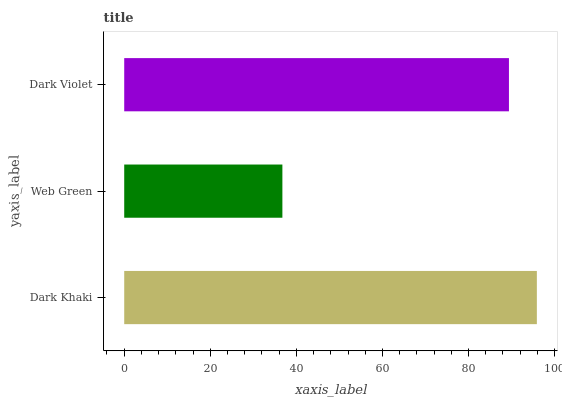
| yaxis_label | bars |
 | --- | --- |
 | Dark Khaki | 95.9 |
 | Web Green | 36.8 |
 | Dark Violet | 89.4 |